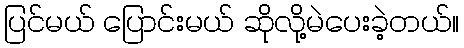
ပြင်မယ် ပြောင်းမယ် ဆိုလို့မဲပေးခဲ့တယ်။